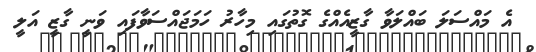
އެ މައްސަލަ ބައްލަވާ ގާޒީއެއްގެ ގޮތުގައި މިހާރު ހަމަޖައްސަވާފައި ވަނީ ގާޒީ އަލީ